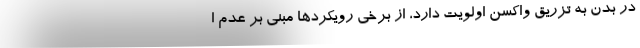
در بدن به تزریق واکسن اولویت دارد، از برخی رویکردها مبنی بر عدم ا